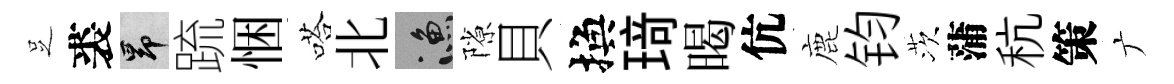
𠯁裘昂䟽悃嗒北漁隙貝換𤦺暍伉鹿钧茨蒲秔策广